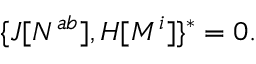
\{ J [ N ^ { a b } ] , H [ M ^ { i } ] \} ^ { * } = 0 .